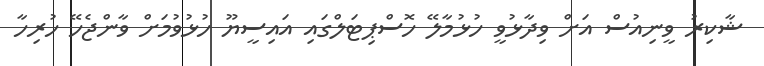
ޝާކިރު ވީނިއުސް އަށް ވިދާޅުވީ ހުޅުމާލޭ ހޮސްޕިޓަލްގައި އައިސީޔޫ ހުޅުވުމަށް ވާންޖެހޭ ހުރިހާ